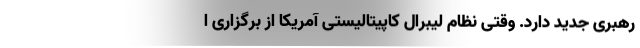
رهبری جدید دارد. وقتی نظام لیبرال کاپیتالیستی آمریکا از برگزاری ا